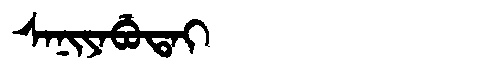
Manchu: ᠰᠠᠨᡳᠶᠠᠪᡠᡨᠠᡳ
Romanization: SANIYABUTAI